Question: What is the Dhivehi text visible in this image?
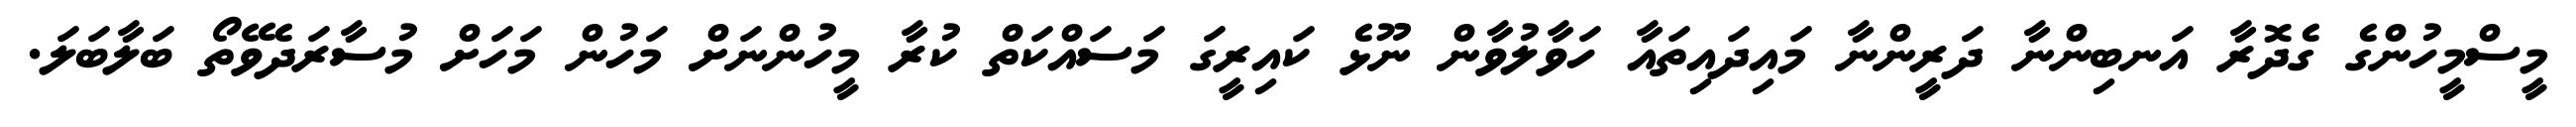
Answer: މީސްމީހުންގެ ގެދޮރާ އަނބިންނާ ދަރީންނާ މައިދައިތައާ ހަވާލުވާން ނޫޅެ ކައިރީގަ މަސައްކަތް ކުރާ މީހުންނަށް މަހުން މަހަށް މުސާރަދެވޭތޯ ބަލާބަލަ.